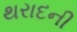
થરાદની